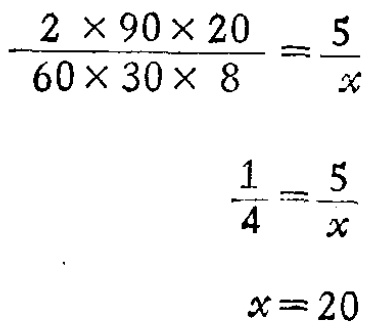
\[\begin{align*}

\frac{2\times90\times20}{60\times30\times8}&=\frac{5}{x}\\

\frac{1}{4}&=\frac{5}{x}\\

x&=20

\end{align*}\]